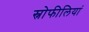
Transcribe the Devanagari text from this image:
स्नोफीलियां